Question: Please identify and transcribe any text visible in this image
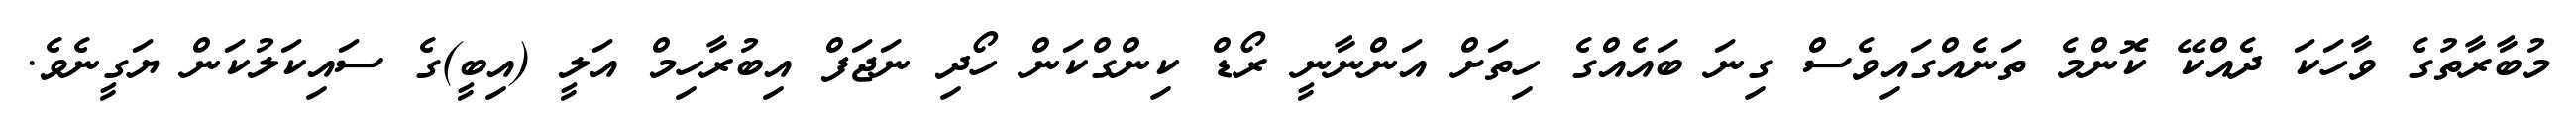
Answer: މުބާރާތުގެ ވާހަކަ ދެއްކޭ ކޮންމެ ތަނެއްގައިވެސް ގިނަ ބައެއްގެ ހިތަށް އަންނާނީ ރޯޑް ކިންގްކަން ހޯދި ނަޖަފް އިބުރާހިމް އަލީ (އިބީ)ގެ ސައިކަލުކަން ޔަގީނެވެ.